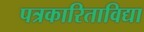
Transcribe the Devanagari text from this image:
पत्रकारिताविद्या